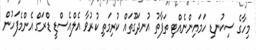
މިހާގެ ސިކުނޑި ހަމައިންނެއްޓި ތަފާތު އުނދަގޫތައް ކުރިމަތި ކުރުވާ އެލްއެސްޑީ ޑްރަގް އެންމެފަހުން